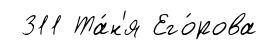
311 Та́н'я Его́рова